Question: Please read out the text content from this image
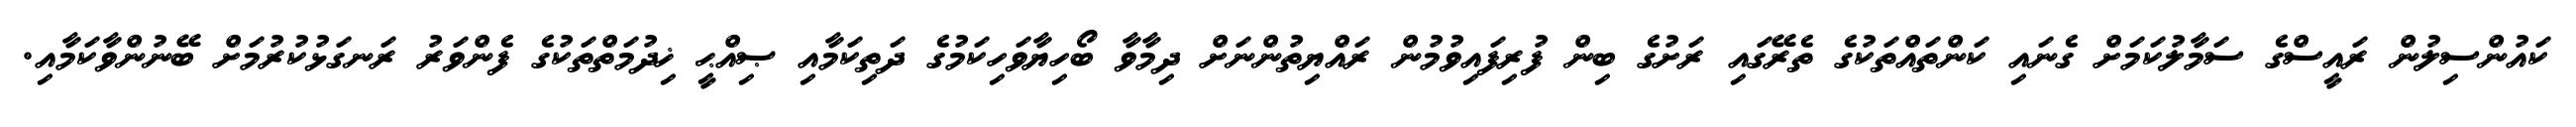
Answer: ކައުންސިލުން ރައީސްގެ ސަމާލުކަމަށް ގެނައި ކަންތައްތަކުގެ ތެރޭގައި ރަށުގެ ބިން ފުރިފައިވުމުން ރައްޔިތުންނަށް ދިމާވާ ބޯހިޔާވަހިކަމުގެ ދަތިކަމާއި ޞިއްޙީ ޚިދުމަތްތަކުގެ ފެންވަރު ރަނގަޅުކުރުމަށް ބޭނުންވާކަމާއި.